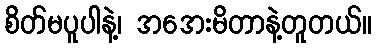
စိတ်မပူပါနဲ့၊ အအေးမိတာနဲ့တူတယ်။